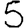
Digit: 5